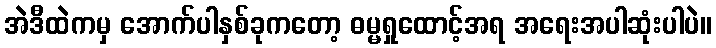
အဲဒီထဲကမှ အောက်ပါနှစ်ခုကတော့ ဓမ္မရှုထောင့်အရ အရေးအပါဆုံးပါပဲ။